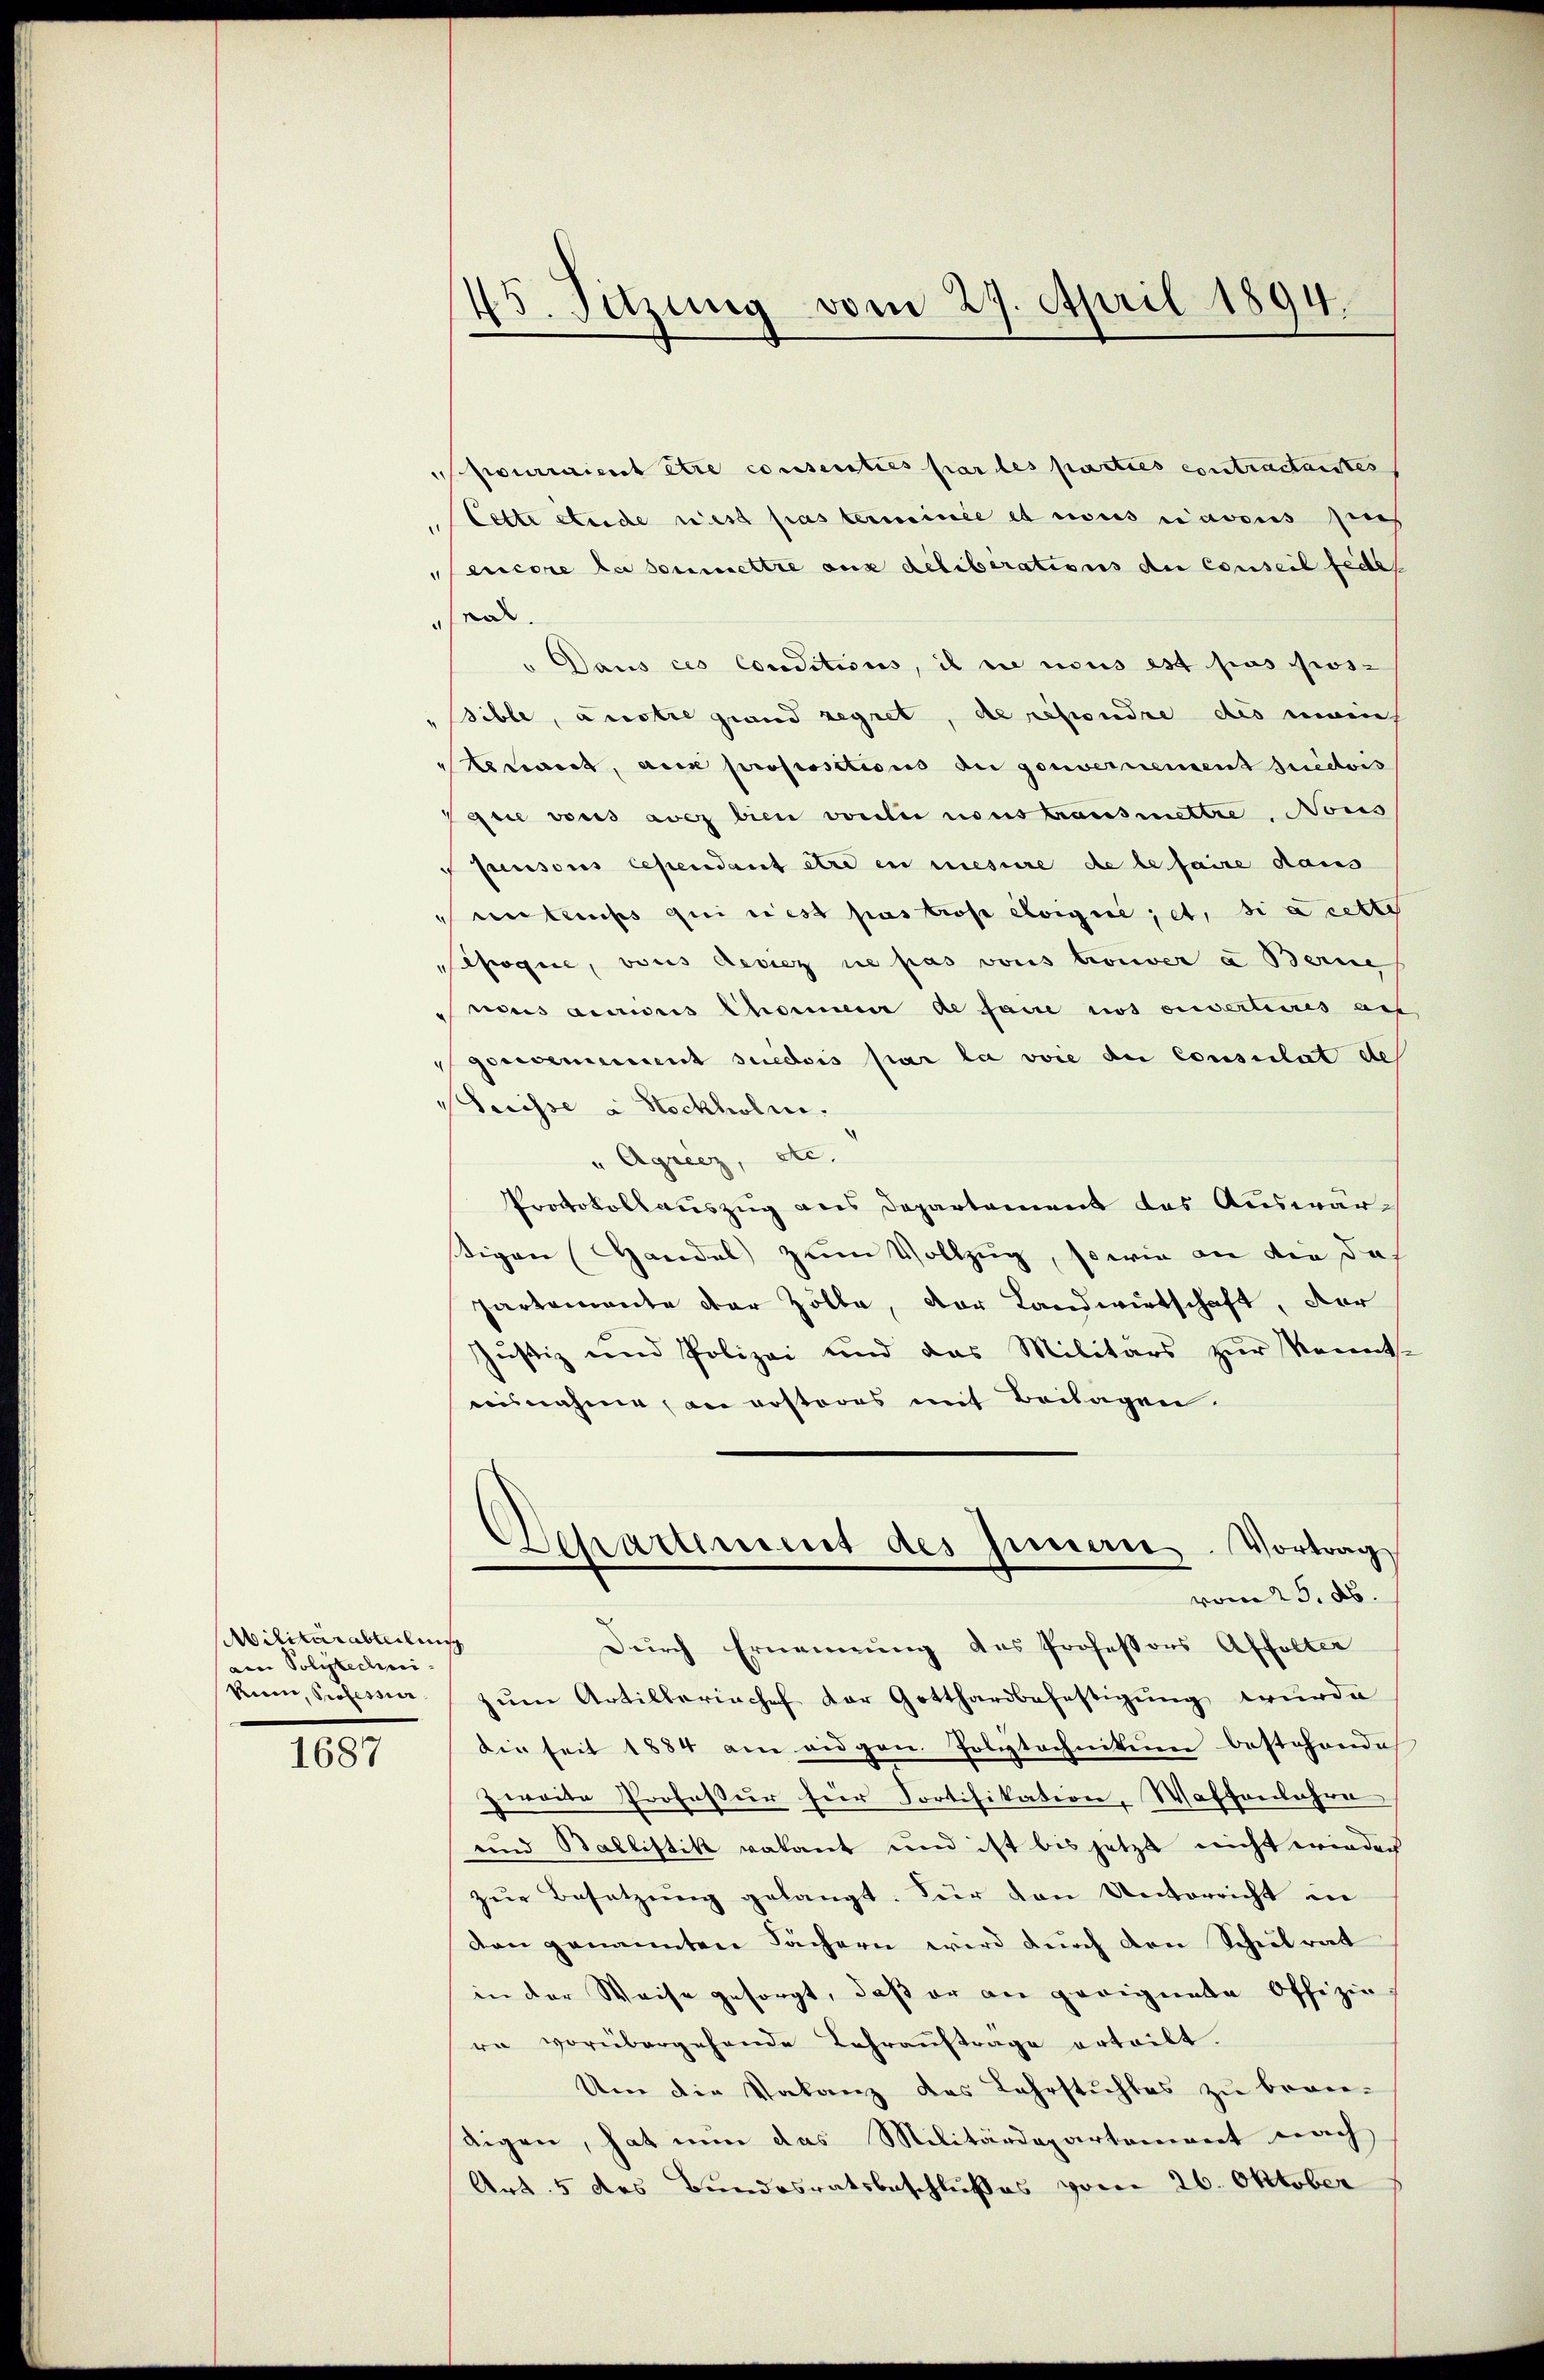
bilitärabteilnisch
ain Polytechni

1687

45. Sitzung vom 29. April 1894.

pourraient être consenties par les parties contractantes
Cette stude rest pas terminée es nous cavous zins
encore la soumettre aus deliberations de conseil fede
rat.
" Dans ces conditions, il sie nous est pas pos-
sible, austre grand regnet, de resondre des nich
eret, au propositions du gouvernement suedois
Patie vons aves bien vorlie nous transmettre, Nous
Junsous cependant etc. in mesure de le faire dans
Muntauses qui rest pas tros éloigne; et, si cette
fogen, vons Resiez ne pas vons trouver u Berne
nus accions Chommen de faire nos ouverlieres aus
porcommenent suedois par la voie der Consulat de
Merisse a Stockholm.
" Agriez, etc.
Protokollauszug aus Departement des Auswärstigen Handel zum Vollzug, so wie an die doch
partemonte der Zölle, der Landwirtschaft, der
Justiz und Polizei und das Militärs zur Kennt-
ausnahme, an erstores mit Beilagen.
Departement des Innen. Vortrag
vom 25. ds.
Durch Ernennung des Professors Affolter
kum, Professia zum Artillerischef der Gotthardbefestigung wurde
Die seit 1884 am eidgen. Polytechnition bestehende
zweite Professur für Sortifikation, Waffenbahre
und Ballistik valant und ist bis jetzt nicht wieder
zur Besetzung gelangt. Für den Unterricht in
den genannten Fächern wird durch den Schulrat
in der Weise gesorgt, daβ er an geeignete Offizie
ra vorübergehende Lehrauftrage erteilt.
Um die Valanz des Lehrstuhles zu berie-
digen, hat nun das Militärdepartement nach
Art. 5 des Bundesratsbeschlußes vom 26. Oktober